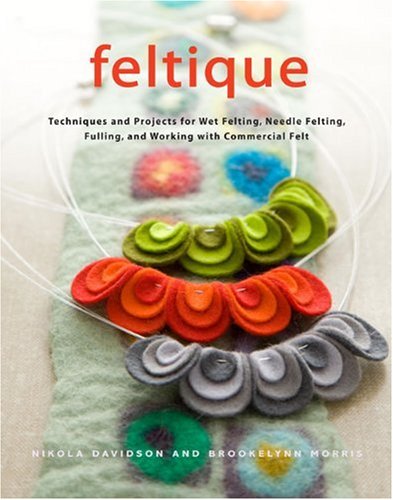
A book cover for Feltique: Techniques and Projects for Wet Felting, Needle Felting, Fulling, and Working with Commercial Felt; Nikola Davidson; Crafts, Hobbies & Home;